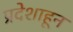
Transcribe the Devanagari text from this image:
प्रदेशाहून